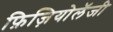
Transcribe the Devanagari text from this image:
फ़िज़ियोलॅजी